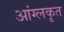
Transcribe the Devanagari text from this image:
आंग्लकृत